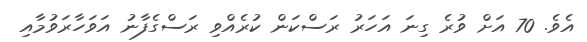
އެވެ. 70 އަށް ވުރެ ގިނަ އަހަރު ރަސްކަން ކުރެއްވި ރަސްގެފާނު އަަވަހާރަވުމާއި